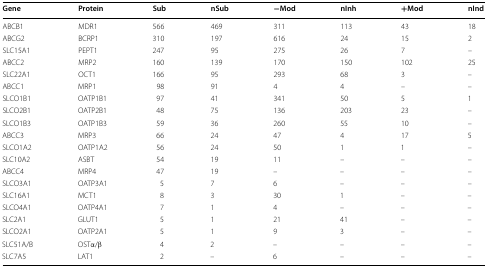
<table><thead><tr><td><b>Gene</b></td><td><b>Protein</b></td><td><b>Sub</b></td><td><b>nSub</b></td><td><b>−Mod</b></td><td><b>nInh</b></td><td><b>+Mod</b></td><td><b>nInd</b></td></tr></thead><tbody><tr><td>ABCB1</td><td>MDR1</td><td>566</td><td>469</td><td>311</td><td>113</td><td>43</td><td>18</td></tr><tr><td>ABCG2</td><td>BCRP1</td><td>310</td><td>197</td><td>616</td><td>24</td><td>15</td><td>2</td></tr><tr><td>SLC15A1</td><td>PEPT1</td><td>247</td><td>95</td><td>275</td><td>26</td><td>7</td><td>–</td></tr><tr><td>ABCC2</td><td>MRP2</td><td>160</td><td>139</td><td>170</td><td>150</td><td>102</td><td>25</td></tr><tr><td>SLC22A1</td><td>OCT1</td><td>166</td><td>95</td><td>293</td><td>68</td><td>3</td><td>–</td></tr><tr><td>ABCC1</td><td>MRP1</td><td>98</td><td>91</td><td>4</td><td>4</td><td>–</td><td>–</td></tr><tr><td>SLCO1B1</td><td>OATP1B1</td><td>97</td><td>41</td><td>341</td><td>50</td><td>5</td><td>1</td></tr><tr><td>SLCO2B1</td><td>OATP2B1</td><td>48</td><td>75</td><td>136</td><td>203</td><td>23</td><td>–</td></tr><tr><td>SLCO1B3</td><td>OATP1B3</td><td>59</td><td>36</td><td>260</td><td>55</td><td>10</td><td>–</td></tr><tr><td>ABCC3</td><td>MRP3</td><td>66</td><td>24</td><td>47</td><td>4</td><td>17</td><td>5</td></tr><tr><td>SLCO1A2</td><td>OATP1A2</td><td>56</td><td>24</td><td>50</td><td>1</td><td>1</td><td>–</td></tr><tr><td>SLC10A2</td><td>ASBT</td><td>54</td><td>19</td><td>11</td><td>–</td><td>–</td><td>–</td></tr><tr><td>ABCC4</td><td>MRP4</td><td>47</td><td>19</td><td>–</td><td>–</td><td>–</td><td>–</td></tr><tr><td>SLCO3A1</td><td>OATP3A1</td><td>5</td><td>7</td><td>6</td><td>–</td><td>–</td><td>–</td></tr><tr><td>SLC16A1</td><td>MCT1</td><td>8</td><td>3</td><td>30</td><td>1</td><td>–</td><td>–</td></tr><tr><td>SLCO4A1</td><td>OATP4A1</td><td>7</td><td>1</td><td>4</td><td>–</td><td>–</td><td>–</td></tr><tr><td>SLC2A1</td><td>GLUT1</td><td>5</td><td>1</td><td>21</td><td>41</td><td>–</td><td>–</td></tr><tr><td>SLCO2A1</td><td>OATP2A1</td><td>5</td><td>1</td><td>9</td><td>3</td><td>–</td><td>–</td></tr><tr><td>SLC51A/B</td><td>OSTα/β</td><td>4</td><td>2</td><td>–</td><td>–</td><td>–</td><td>–</td></tr><tr><td>SLC7A5</td><td>LAT1</td><td>2</td><td>–</td><td>6</td><td>–</td><td>–</td><td>–</td></tr></tbody></table>